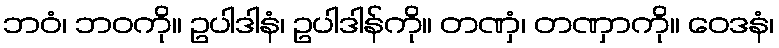
ဘဝံ၊ ဘဝကို။ ဥပါဒါနံ၊ ဥပါဒါန်ကို။ တဏှံ၊ တဏှာကို။ ဝေဒနံ၊